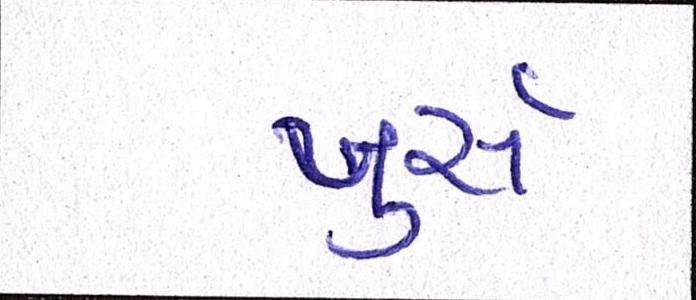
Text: બુર્સ